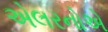
એલરનોએ